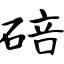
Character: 碚